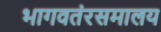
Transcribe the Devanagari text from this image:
भागवतंरसमालय